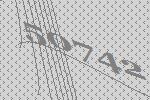
50742